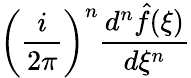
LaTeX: \left({\frac{i}{2\pi}}\right)^{n}{\frac{d^{n}{\hat{f}}(\xi)}{d\xi^{n}}}